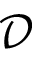
\mathcal { D }